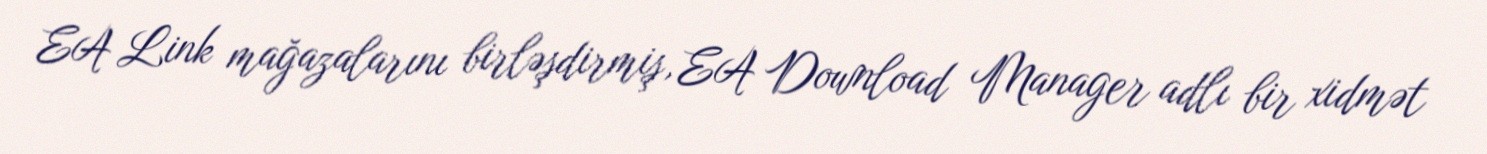
EA Link mağazalarını birləşdirmiş, EA Download Manager adlı bir xidmət